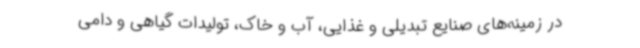
در زمینه‌های صنایع تبدیلی و غذایی، آب و خاک، تولیدات گیاهی و دامی